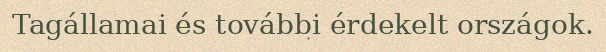
Tagállamai és további érdekelt országok.